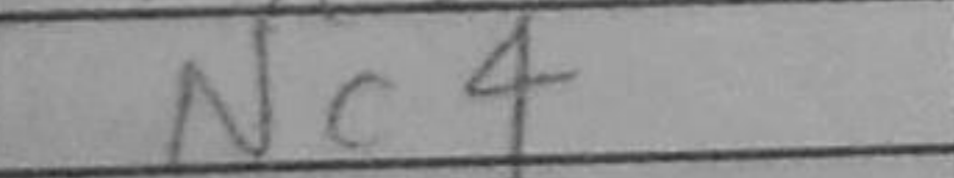
Transcription: Nc4